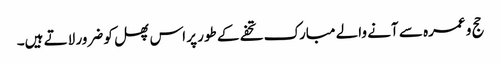
حج و عمرہ سے آنے والے مبارک تحفے کے طور پر اس پھل کو ضرور لاتے ہیں۔